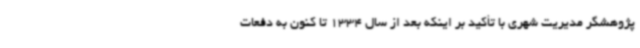
پژوهشگر مدیریت شهری با تأکید بر اینکه بعد از سال 1334 تا کنون به دفعات